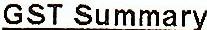
GST SUMMARY